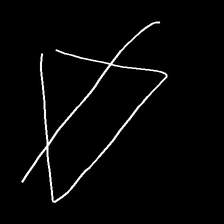
Glyph: empower